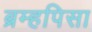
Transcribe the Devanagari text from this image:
ब्रम्हपिसा